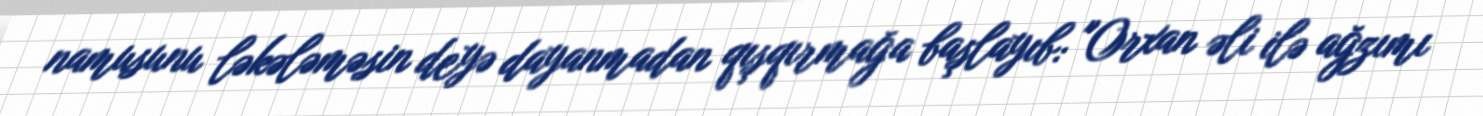
namusunu ləkələməsin deyə dayanmadan qışqırmağa başlayıb: "Orxan əli ilə ağzımı